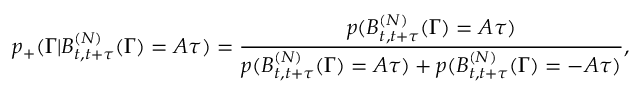
p _ { + } ( \Gamma | B _ { t , t + \tau } ^ { ( N ) } ( \Gamma ) = A \tau ) = \frac { p ( B _ { t , t + \tau } ^ { ( N ) } ( \Gamma ) = A \tau ) } { p ( B _ { t , t + \tau } ^ { ( N ) } ( \Gamma ) = A \tau ) + p ( B _ { t , t + \tau } ^ { ( N ) } ( \Gamma ) = - A \tau ) } ,